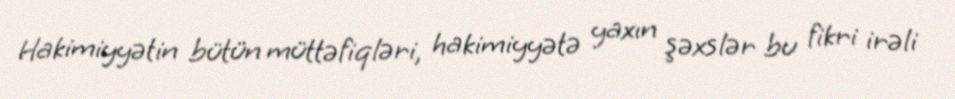
Hakimiyyətin bütün müttəfiqləri, hakimiyyətə yaxın şəxslər bu fikri irəli